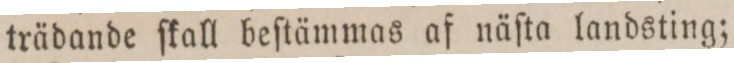
trädande ſkall beſtämmas af näſta landsting;